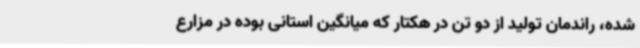
شده، راندمان تولید از دو تن در هکتار که میانگین استانی بوده در مزارع